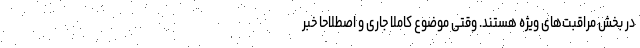
در بخش مراقبت‌های ویژه هستند. وقتی موضوع کاملاً جاری و اصطلاحا خبر